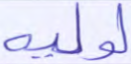
لوليه